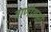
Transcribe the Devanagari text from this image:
वाणीगल्ली